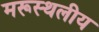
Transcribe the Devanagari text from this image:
मरूस्‍थलीय